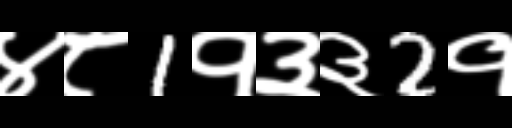
Text: ४८1१३३2१